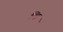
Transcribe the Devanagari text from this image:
लिइ